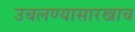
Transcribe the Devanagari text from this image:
उचलण्यासारखाच